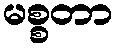
မစ္စတာ